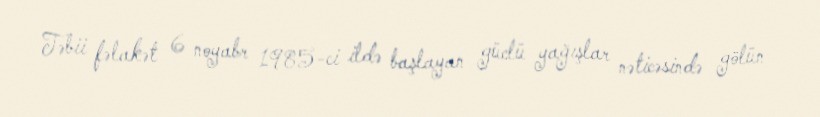
Təbii fəlakət 6 noyabr 1985-ci ildə başlayan güclü yağışlar nəticəsində gölün